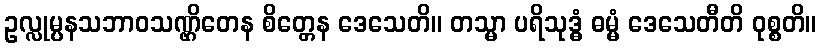
ဥလ္လုမ္ပနသဘာဝသဏ္ဌိတေန စိတ္တေန ဒေသေတိ။ တသ္မာ ပရိသုဒ္ဓံ ဓမ္မံ ဒေသေတီတိ ဝုစ္စတိ။